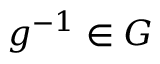
g ^ { - 1 } \in G